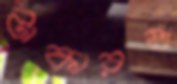
টাকারও